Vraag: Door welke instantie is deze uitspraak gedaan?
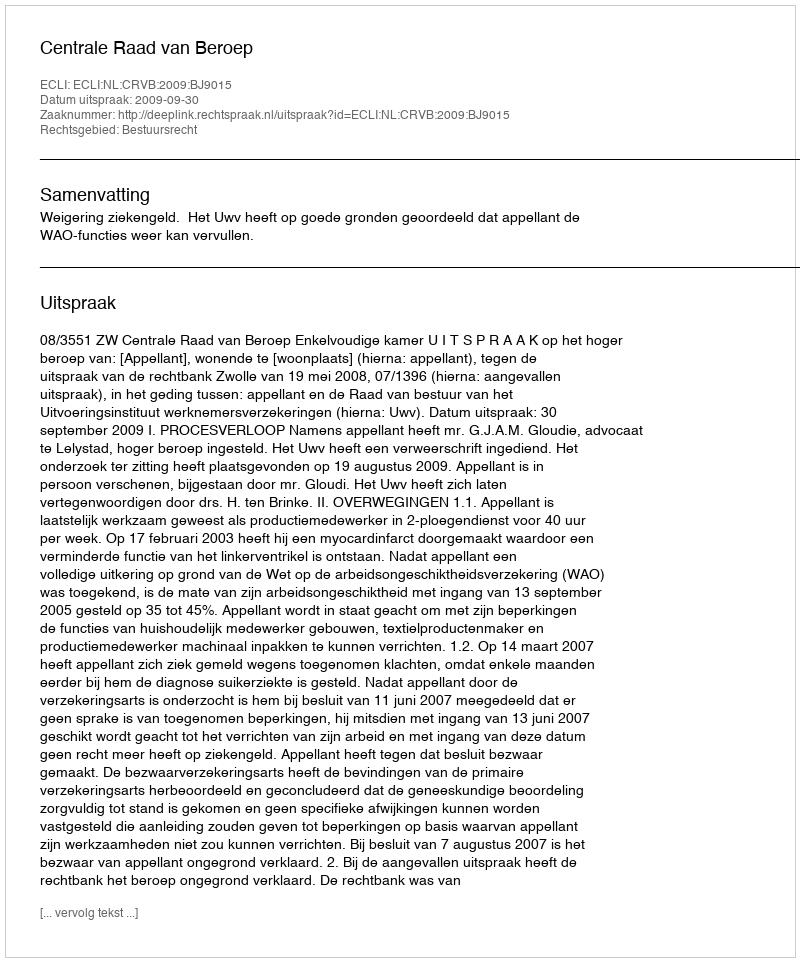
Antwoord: Centrale Raad van Beroep